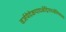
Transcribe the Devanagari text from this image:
वर्जयेदेकपादर्क्षेद्विपादर्क्षेस्थिसंचयं